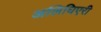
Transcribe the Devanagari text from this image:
अलिघिएरी